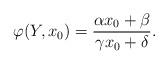
LaTeX: \begin{align*} \varphi(Y, x_0) = \frac{\alpha x_0 + \beta}{\gamma x_0 + \delta} . \end{align*}